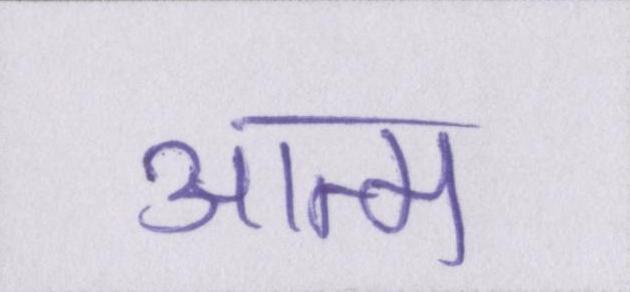
आत्म